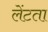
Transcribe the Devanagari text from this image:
लेंटता